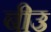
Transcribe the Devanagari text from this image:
बीउ